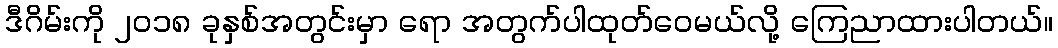
ဒီဂိမ်းကို ၂၀၁၈ ခုနှစ်အတွင်းမှာ ရော အတွက်ပါထုတ်ဝေမယ်လို့ ကြေညာထားပါတယ်။